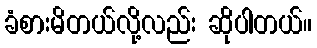
ခံစားမိတယ်လို့လည်း ဆိုပါတယ်။